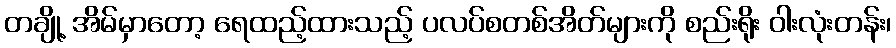
တချို့ အိမ်မှာတော့ ရေထည့်ထားသည့် ပလပ်စတစ်အိတ်များကို စည်းရိုး ဝါးလုံးတန်း၊